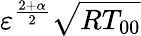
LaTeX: {\varepsilon}^{\frac{2+\alpha}{2}}\sqrt{RT_{00}}